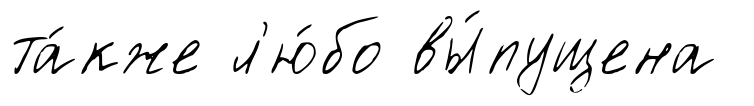
та́кже л'ю́бо вы́пущена